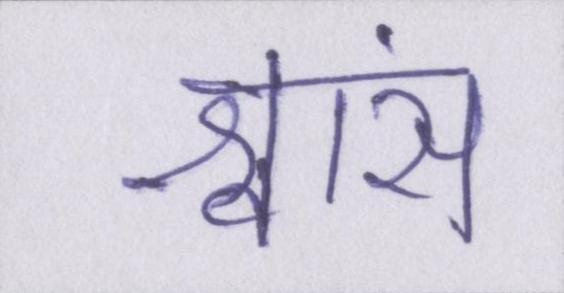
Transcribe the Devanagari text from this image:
श्वांस